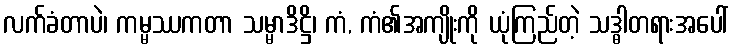
လက်ခံတာပဲ၊ ကမ္မဿကတာ သမ္မာဒိဋ္ဌိ၊ ကံ, ကံ၏အကျိုးကို ယုံကြည်တဲ့ သဒ္ဓါတရားအပေါ်